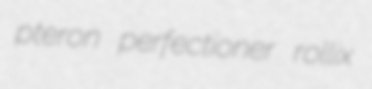
pteron perfectioner rollix